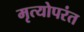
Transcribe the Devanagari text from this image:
मृत्योपरंत